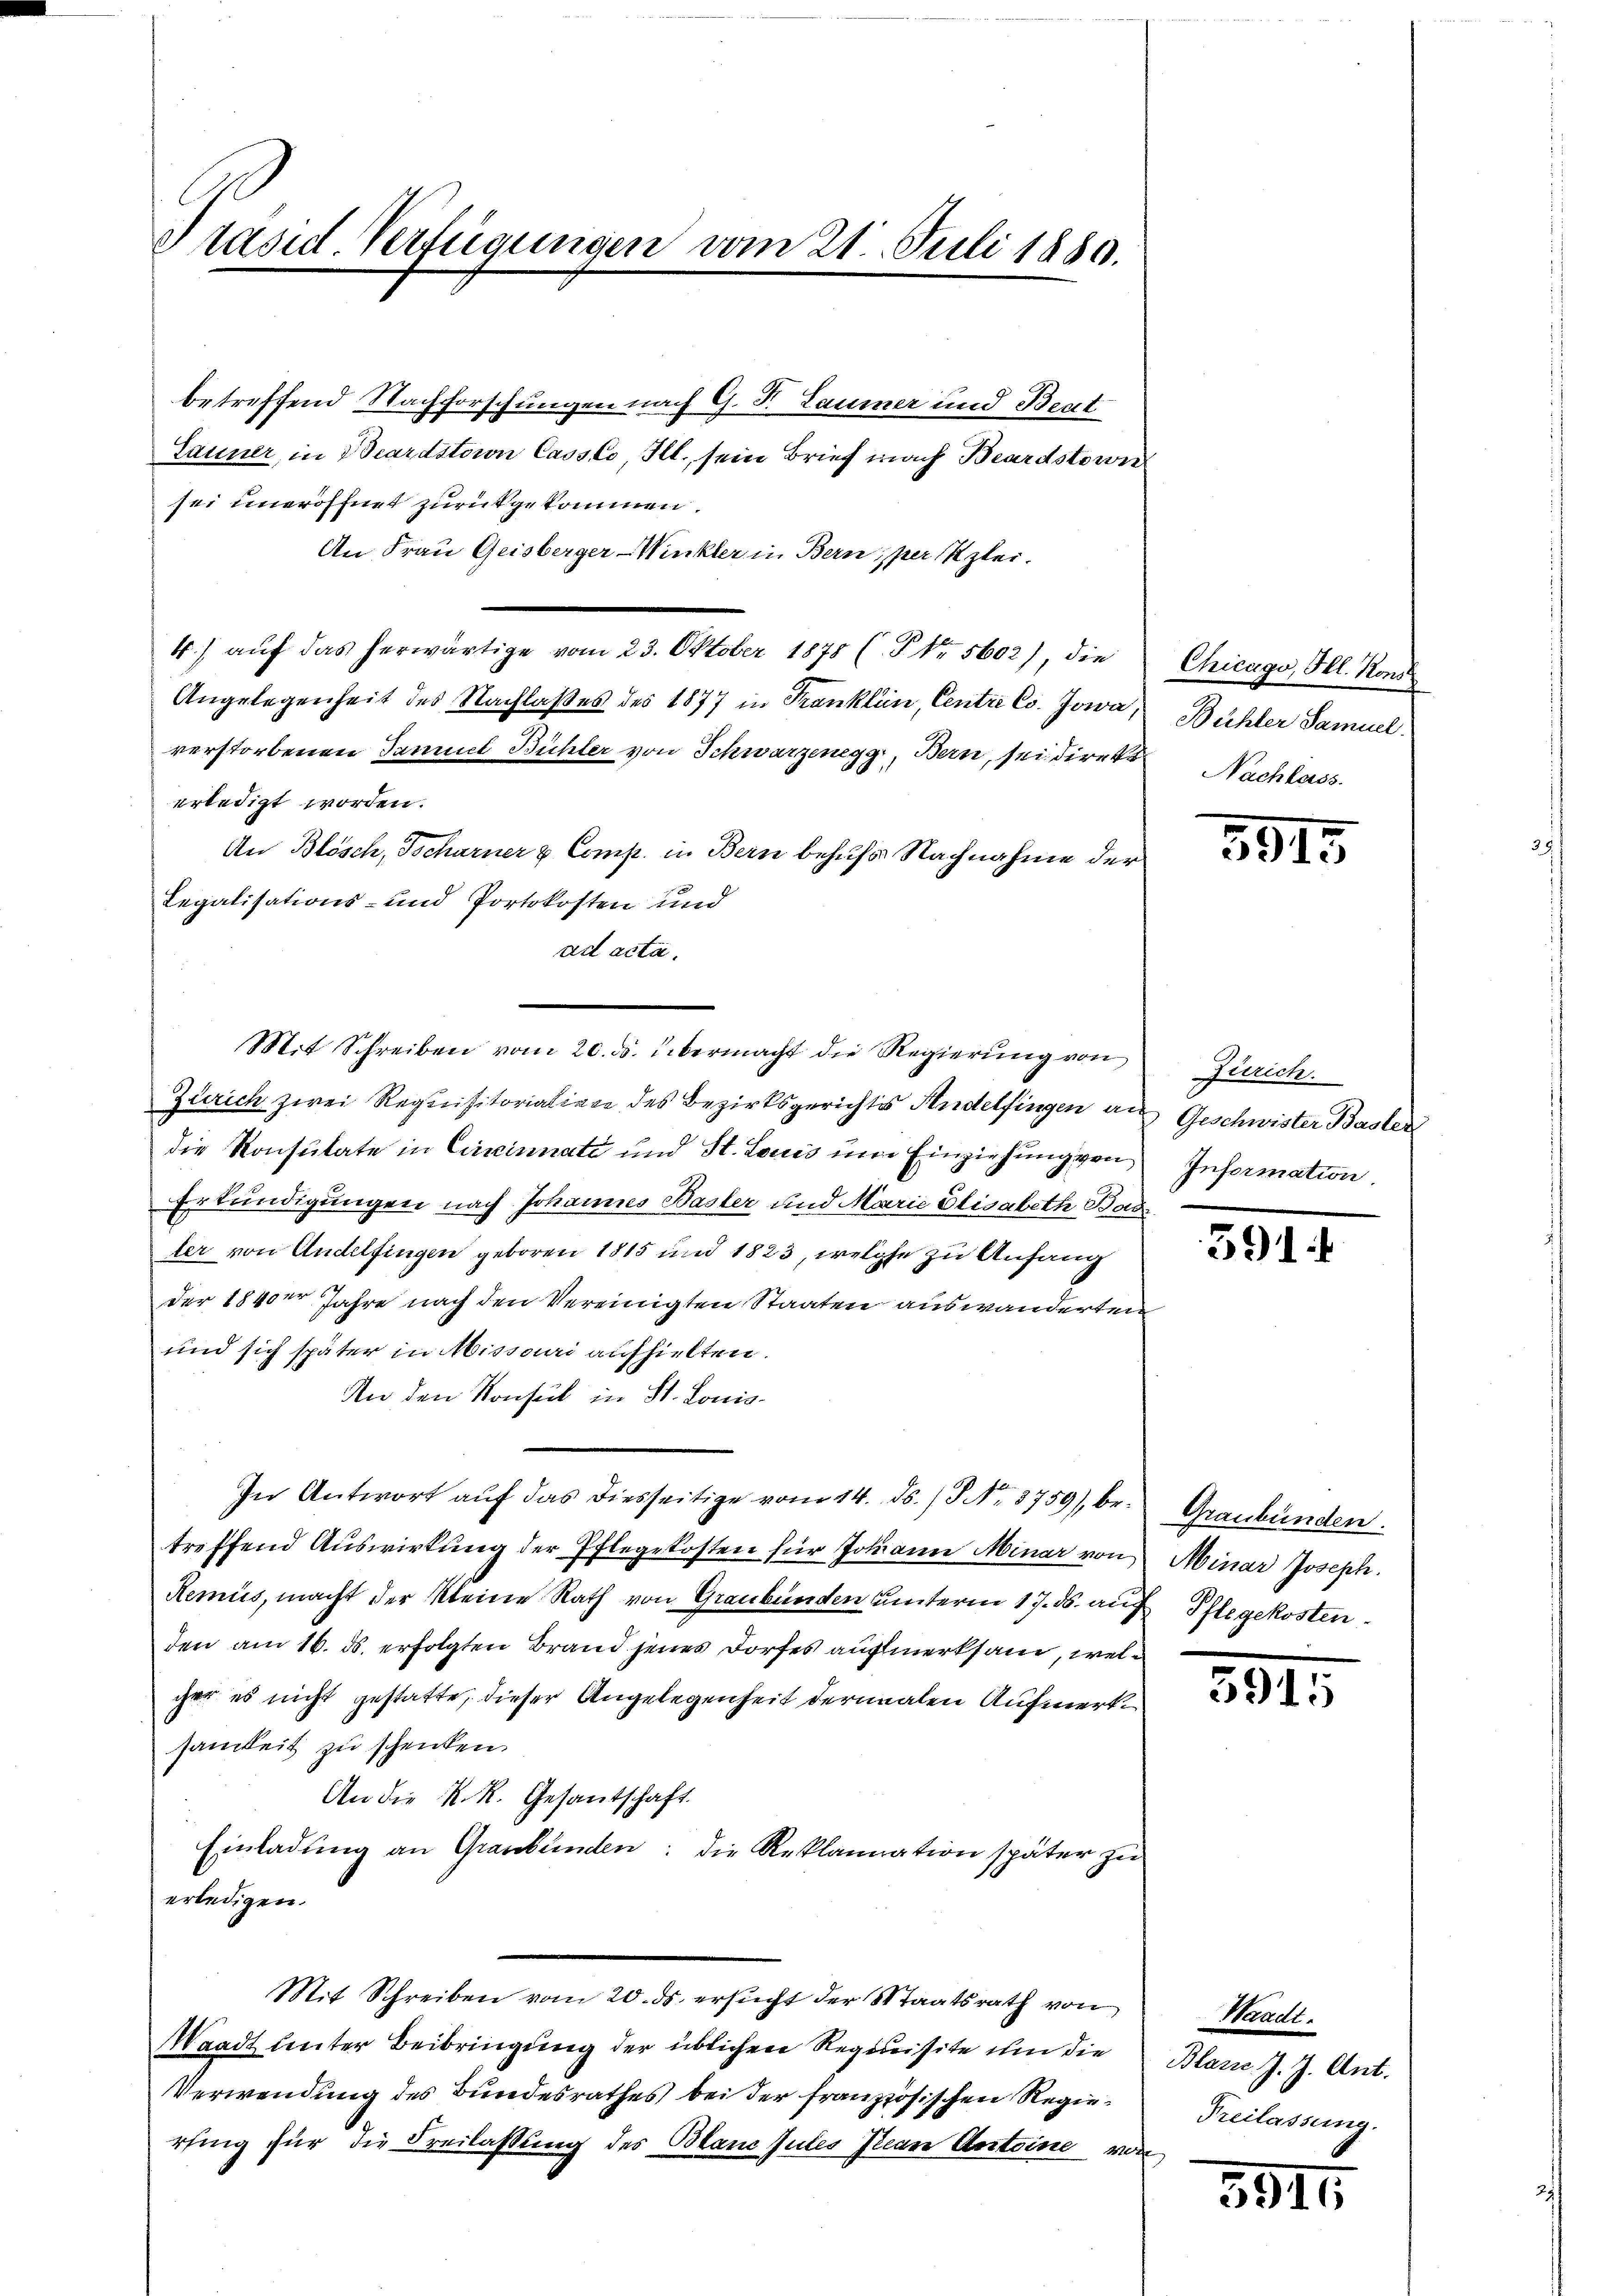
Präsid. Verfügungen vom 21. Juli 1880.

betreffend Nachforschungen nach G. P. Laumer und Beut
Launer, in Beardstoron Cassco Ill. sein Brief nach Beardstorn
sei uneröffnet zurükgekommen.
An Frau Geisberger-Winkler in Bern per Klei¬
4.) auf das herwärtige vom 23. Oktober 1878 (. P. Nr. 5602), die
Angelegenheit des Nachlaßes des 1877 in Kranklin, Centre Co. Jowa, Bühler Samuel
verstorbenen Jammel Bühler von Schwarzenegg, Bern, sei direkt Nachlass
erledigt worden.
An Blösch, Tscharner & Comp. in Bern behufs Nachnahme der
Legalisations- und Portokosten und
ad acta.
Zürich zwei Requisitorialien des Bezirksgerichts Andelfingen an Geschwister Basler
die Konsulate in Cincinnati und St. Louis ŭm Einziehung von Information
Erkundigungen nach Johannes Basler und Marie Elisabeth Bade
ler von Andelfingen geboren 1815 und 1823, welche zu Anfang
der 1840 Jahre nach den Vereinigten Staaten auswanderten
und sich später in Missari aufhielten.
An den Konsul in St. Louis-
In Antwort auf das diesseitige vom 14. ds. / NNo. 3759), bei Graubünden.
treffend Auswirkung der Pflegekosten für Johann Minar von Minar Joseph.
Remüs, macht der kleine Rath von Graubünden unterm 17. ds. auf Pflegekosten
den am 16. ds. erfolgten Brand jenes Dorfes aufmerksam, welcher es nicht gestatte, dieser Angelegenheit dermalen Aufmerksamkeit zu schenken.
An die K. R. Gesantschaft.
Einladung an Graubünden: die Reklamation später zu
erledigen.

e

Mit Schreiben vom 20. ds. übermacht die Regierŭng von Zürich.

Mit Schreiben vom 20. ds. ersucht der Staatsrath von
Waadt unter Beibringung der üblichen Requisite um die
Verwendung des Bundesrathes bei der französischen Regierfing für die Freilassung des Blanc sules Jean Antoine von

Chicago, Ill. Kons

5915

391

3915.

Waadt.
Blasie J. J. Ant.
Freilassung.

3915